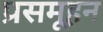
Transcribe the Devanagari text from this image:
प्रसमूहन